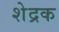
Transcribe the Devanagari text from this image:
शेद्रक